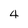
Character: 4